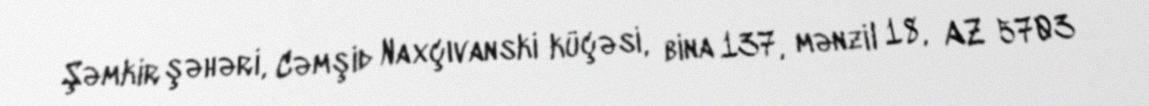
Şəmkir şəhəri, Cəmşid Naxçıvanski küçəsi, bina 137, mənzil 18, AZ 5703